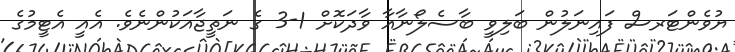
ޔުވެންޓަރސް ފައިނަލުން ބަލިވީ ބާސެލޯނާއާ ވާދަކޮށް 1-3 ގެ ނަތީޖާއަކުންނެވެ. އެއީ އެޓީމުގެ